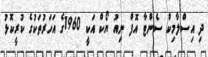
ދި އިސްލާމިކް ސެންޓާ އޮފް ނިއު ޔޯކް އަކީ 1960ގެ އަހަރުތަކުގެ ކުރީކޮޅު